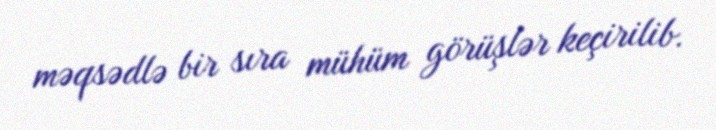
məqsədlə bir sıra mühüm görüşlər keçirilib.